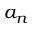
a _ { n }